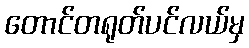
တောင်တရုတ်ပင်လယ်မှ